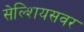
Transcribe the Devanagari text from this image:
सेल्शियसवर